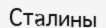
Сталины